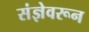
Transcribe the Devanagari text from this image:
संज्ञेवरून